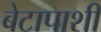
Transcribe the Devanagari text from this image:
बेटापाशी